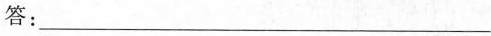
答：___